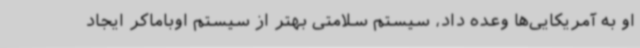
او به آمریکایی‌ها وعده داد، سیستم سلامتی بهتر از سیستم اوباماکر ایجاد